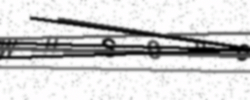
Text: WHS0HO